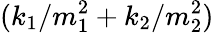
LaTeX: (k_{1}/m_{1}^{2}+k_{2}/m_{2}^{2})